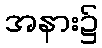
အနား၌